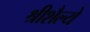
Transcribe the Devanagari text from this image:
श्रीशैल्ये